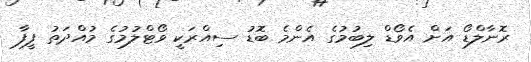
ރޮނާލްޑޯ އަށް އެވޯޑް ލިބުމުގެ އެންމެ ބޮޑު ސިއްރަކީ ވޯޓްލުމުގެ މުއްދަތު ފީފާ